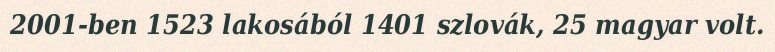
2001-ben 1523 lakosából 1401 szlovák, 25 magyar volt.